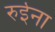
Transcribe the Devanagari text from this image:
रुईना